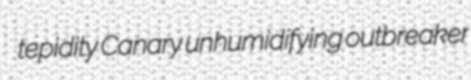
tepidity Canary unhumidifying outbreaker